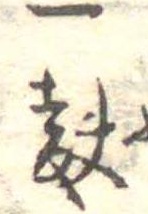
一麩